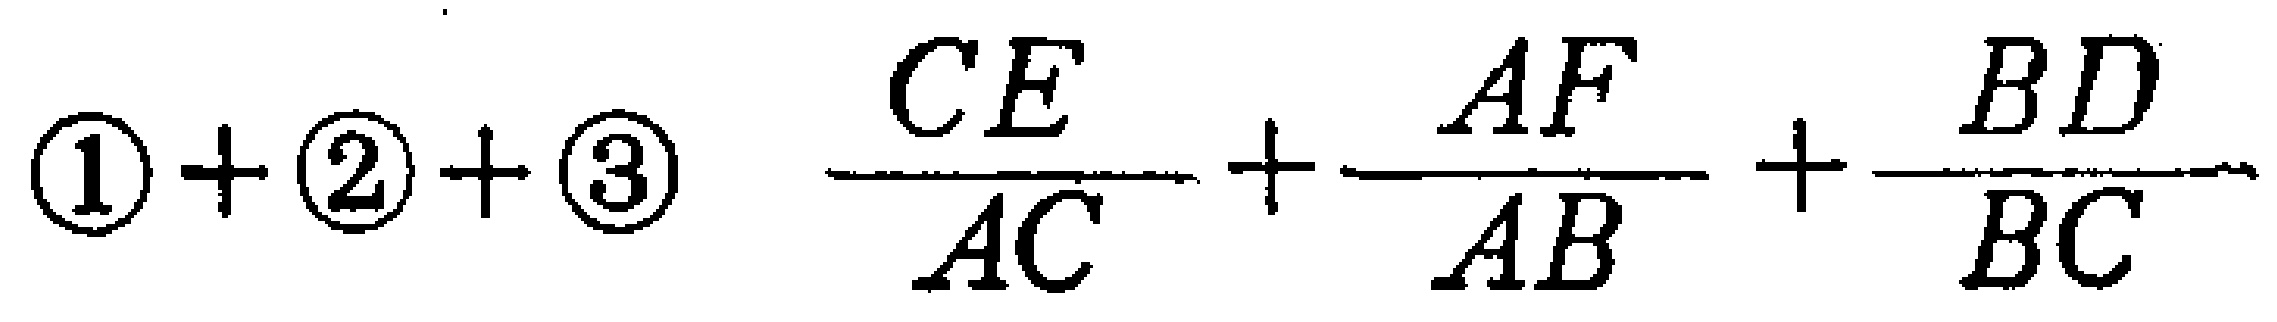
\(\textcircled{1}+\textcircled{2}+\textcircled{3}\quad\frac{CE}{AC}+\frac{AF}{AB}+\frac{BD}{BC}\)